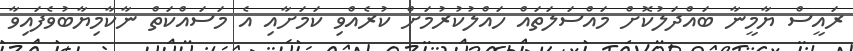
ރައީސް ޔާމީނާ ބައްދަލުކޮށް މައްސަލަތައް ހައްލުކުރުމަށް ކުރެއްވި ކަމަށާއި އެ މަސައްކަތް ނާކާމިޔާބުވެފައިވާ